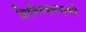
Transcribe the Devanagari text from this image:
निरनिराळ्याप्रकारे